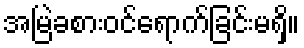
အမြဲခစားဝင်ရောက်ခြင်းမရှိ။